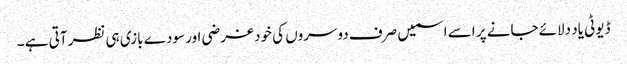
ڈیوٹی یاد دلائے جانے پر اسے اسمیں صرف دوسروں کی خودغرضی اور سودے بازی ہی نظر آتی ہے ۔